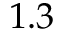
1 . 3